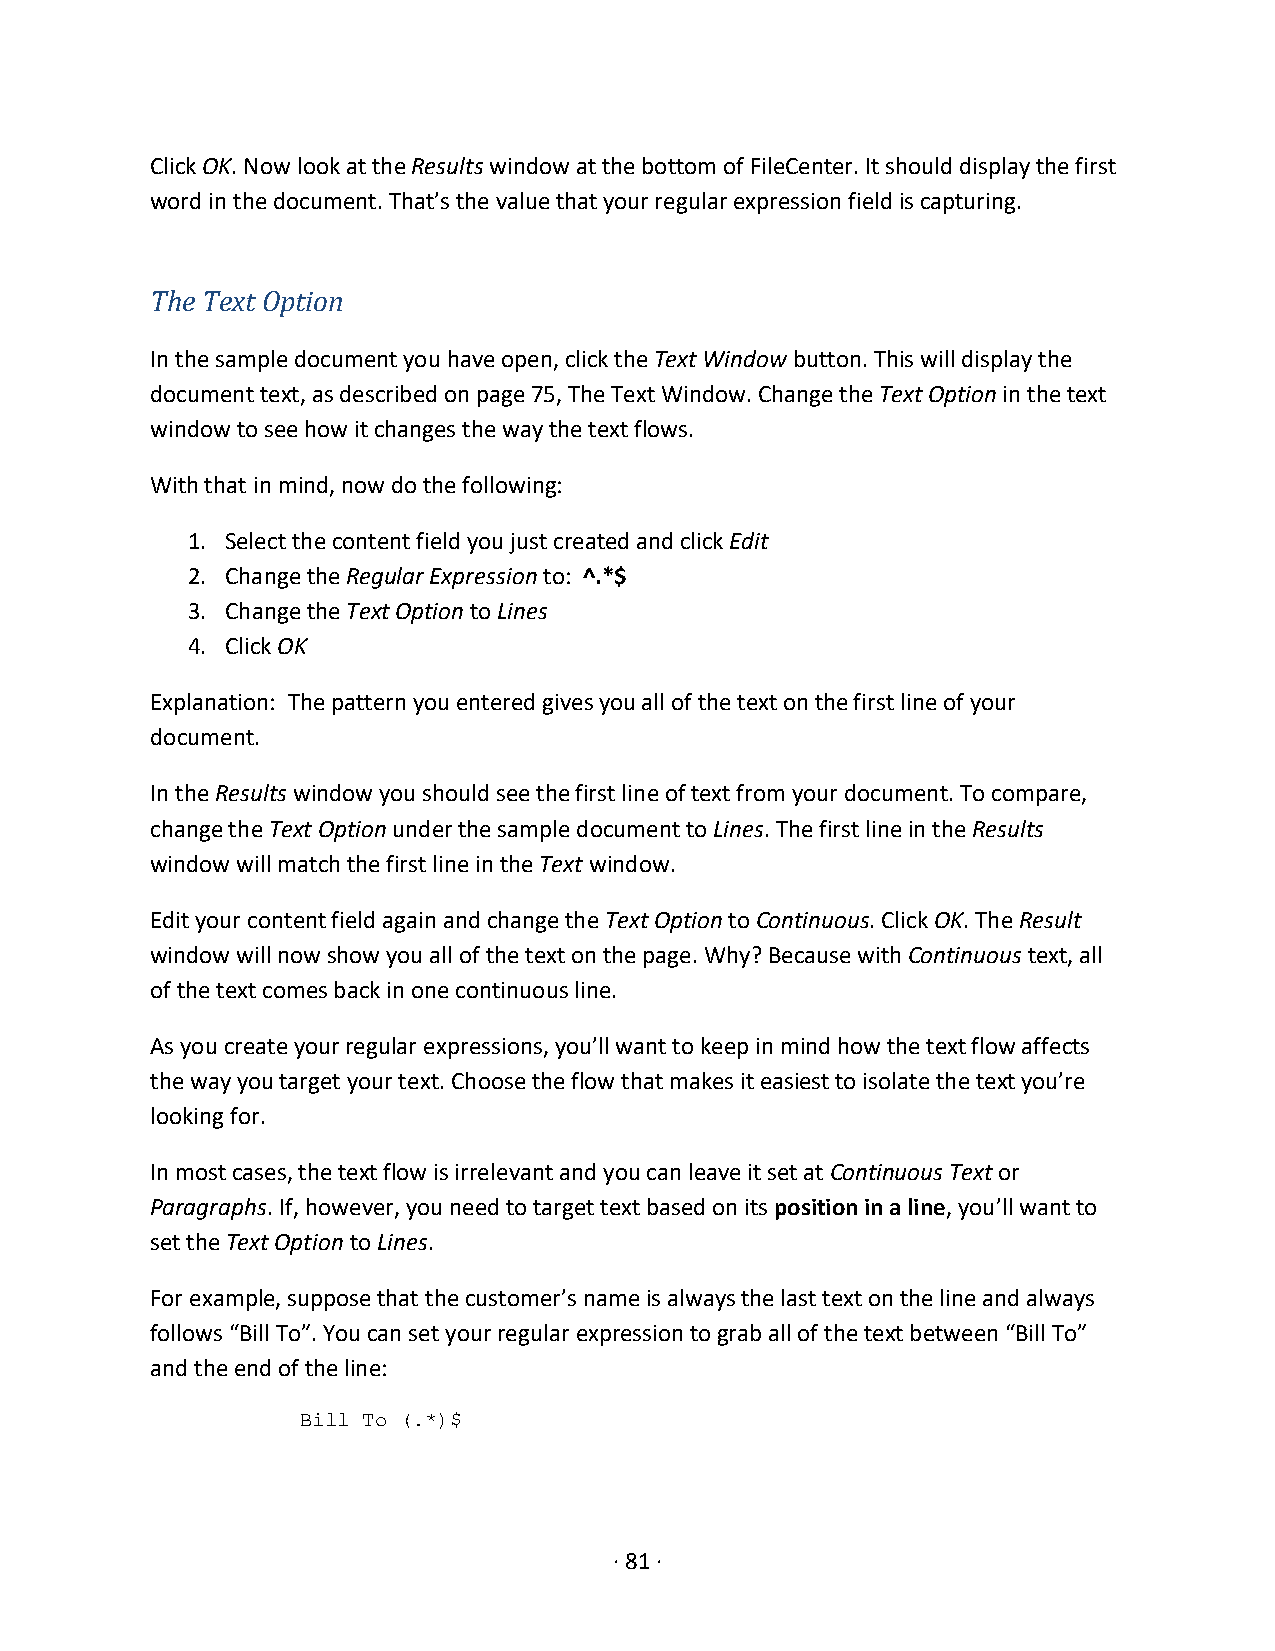
Click OK. Now look at the Results window at the bottom of FileCenter. It should display the first
 word in the document. That’s the value that your regular expression field is capturing.
 The Text Option
 In the sample document you have open, click the Text Window button. This will display the
 document text, as described on page 75, The Text Window. Change the Text Option in the text
 window to see how it changes the way the text flows.
 With that in mind, now do the following:
 1. Select the content field you just created and click Edit
 2. Change the Regular Expression to: ^.*$
 3. Change the Text Option to Lines
 4. Click OK
 Explanation: The pattern you entered gives you all of the text on the first line of your
 document.
 In the Results window you should see the first line of text from your document. To compare,
 change the Text Option under the sample document to Lines. The first line in the Results
 window will match the first line in the Text window.
 Edit your content field again and change the Text Option to Continuous. Click OK. The Result
 window will now show you all of the text on the page. Why? Because with Continuous text, all
 of the text comes back in one continuous line.
 As you create your regular expressions, you’ll want to keep in mind how the text flow affects
 the way you target your text. Choose the flow that makes it easiest to isolate the text you’re
 looking for.
 In most cases, the text flow is irrelevant and you can leave it set at Continuous Text or
 Paragraphs. If, however, you need to target text based on its position in a line, you’ll want to
 set the Text Option to Lines.
 For example, suppose that the customer’s name is always the last text on the line and always
 follows “Bill To”. You can set your regular expression to grab all of the text between “Bill To”
 and the end of the line:
 Bill To (.*)$
 · 81 ·